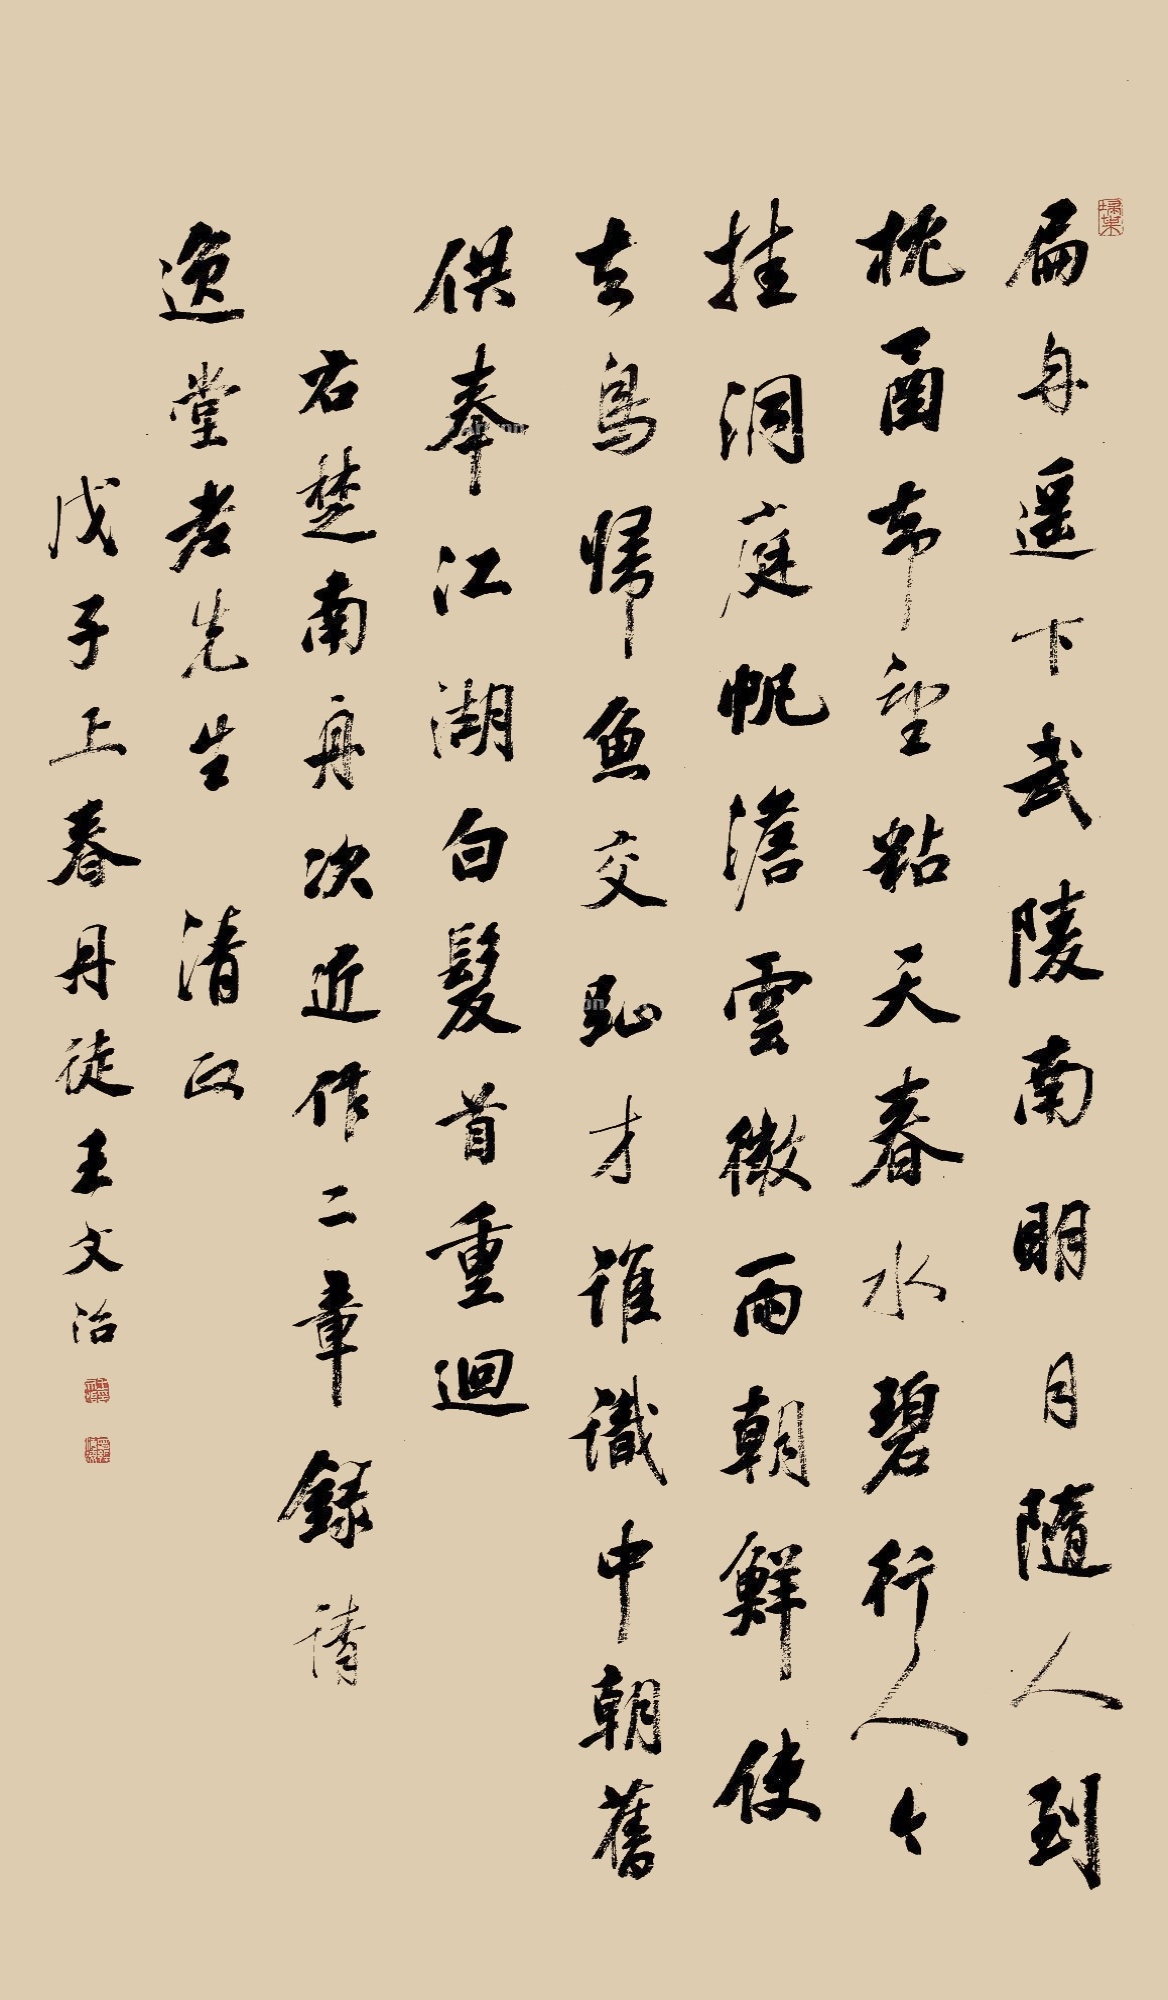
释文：扁舟遥下武陵南，明月随人到枕函。却望粘天春水碧，行人今挂洞庭帆。澹云微雨朝鲜使，立鸟归鱼交趾才。谁识中朝旧供奉，江湖白发首重回。右楚南舟次近作二章，录请逸堂老先生清政。戊子（1768）上春丹徒王文治。